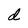
Character: d